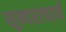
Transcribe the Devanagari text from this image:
सुन्दराचार्य